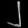
Digit: ၂